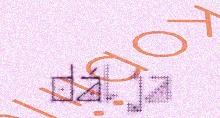
dál ja